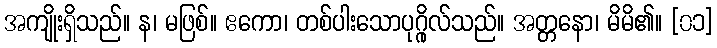
အကျိုးရှိသည်။ န၊ မဖြစ်။ ဧကော၊ တစ်ပါးသောပုဂ္ဂိုလ်သည်။ အတ္တနော၊ မိမိ၏။ [၀၁]